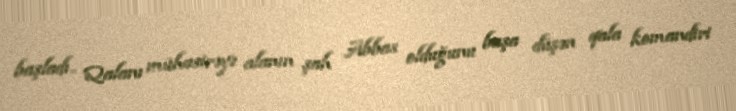
başladı.. Qalanı mühasirəyə alanın şah Abbas olduğunu başa düşən qala komandiri